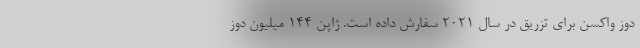
دوز واکسن برای تزریق در سال 2021 سفارش داده است. ژاپن 144 میلیون دوز